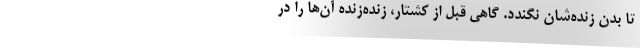
تا بدنِ زنده‌شان نگندد. گاهی قبل از کشتار، زنده‌زنده آن‌ها را در